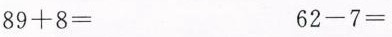
$$8 9 + 8 =$$ $$6 2 - 7 =$$